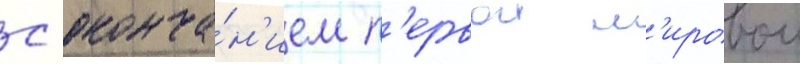
С оконча́н'ием п'ервои м'ировои